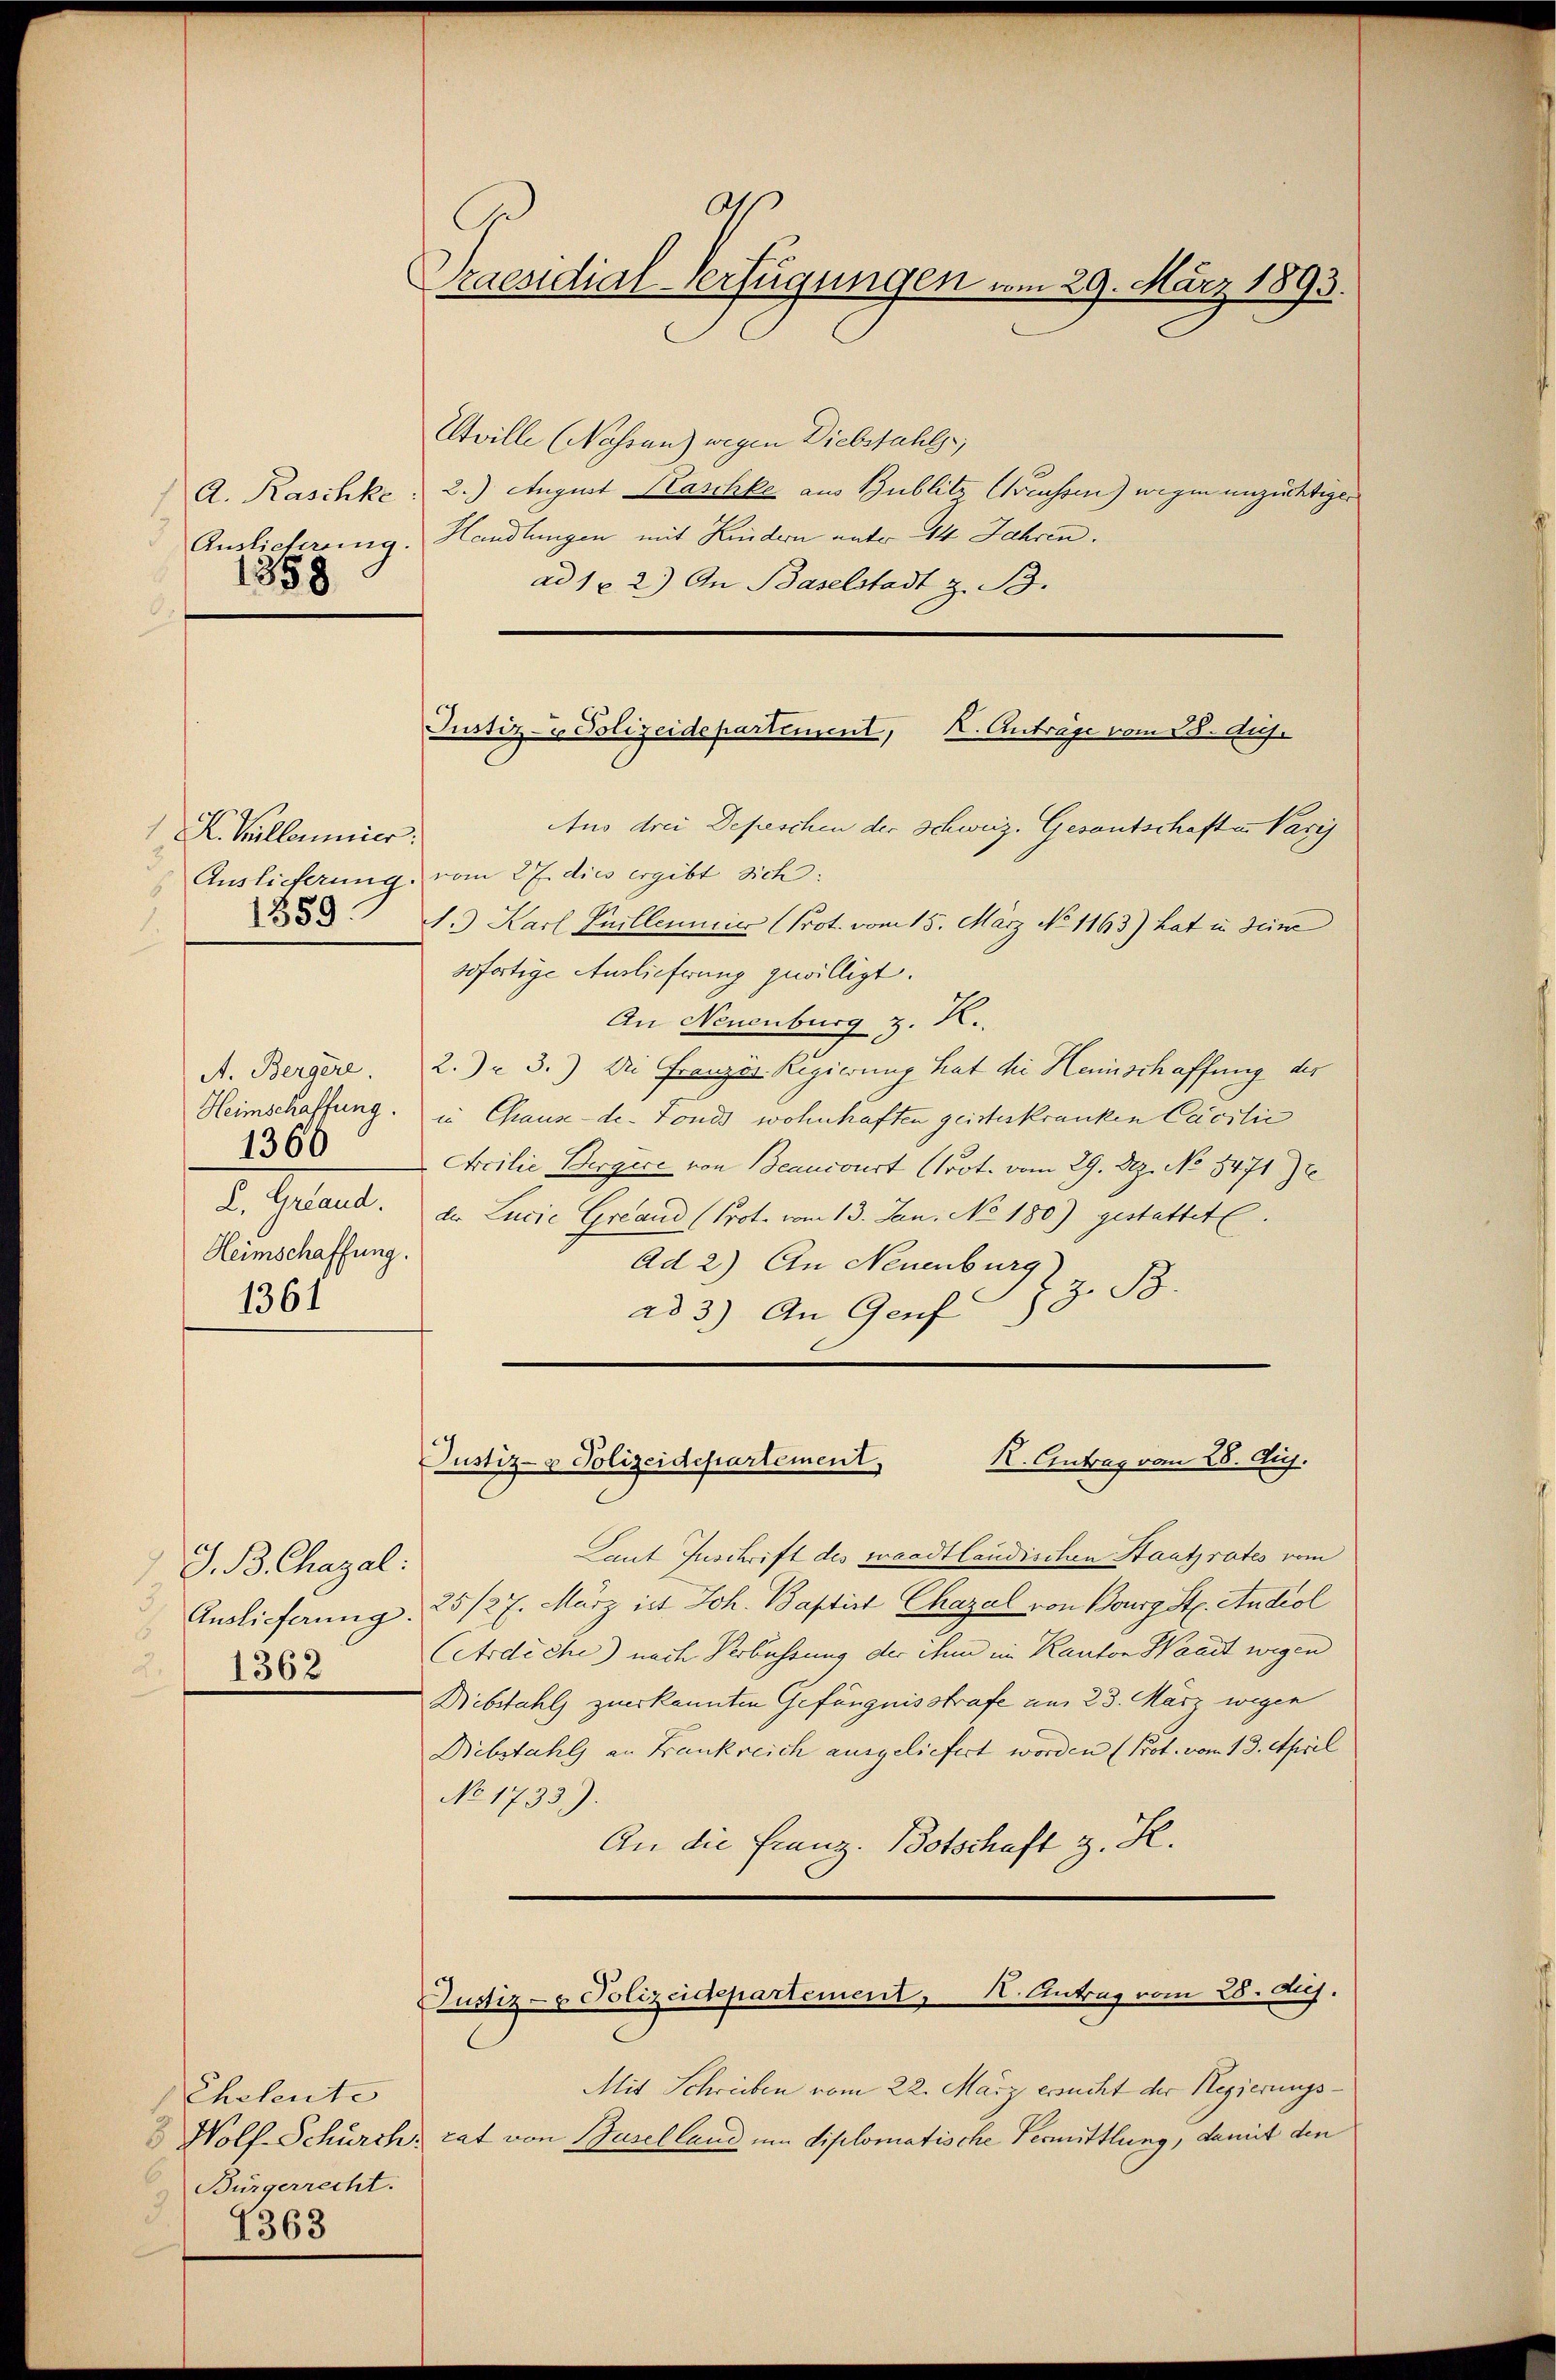
A. Raschke
1358

K. Kullamier.
3.
1859.

A. Bergere.
Heimschaffung.
d. Geset
Heimschaffung

1360

1361

J. B. Chagal:
3
Auslieferung
1
 1362

Eheleute
Bürgerrecht.
1363

A.
Praesidial-Verfügungen vom 29. März 1893.

Justiz- & Polizeidepartement, K. Anträge vom 28. diej

Etville (Nahren) wegen Diebstahls
2.) August Kaschke aus Publitz Creussen) wegen unzüchtiger
Auslieferung. Handlungen mit Kindern unter 44 Jahren.
ad 1. 2.) An Baselstadt z. B.
Aus drei Depeschen der Schweiz. Gesantschaften Varij
Auslieferung vom 27. dies ergibt sich:
1. Karl Puellennier (Prot. vom 15. März No 1163) hat u. seine
sofortige Auslieferung gewilligt.
An Neuenburg z. R.
2. 3.) Die Französ. Regierung hat die Heinschaffung der
in Graus-de-Fonds wohnhaften geisteskranken Casilić
Arcilie Bergece von Beancourt (Prot. vom 29. Ap. No 5471)
der Lucie Grand (Prot. vom 13. Jan. No 180) gestattete.
Ad 2.) An Neuenburg
z. B.
ad 3.) An Genf 13

Justiz- & Polizeidepartement,
R. Antrag vom 28. Aug.

Laut Zuschrift des waadtländischen Hautfrates vom
25/27. März ist Joh. Baptirt Chazal von Bourgst. Androl
(Ardiche) nach Verbüssung der denn im Kanton Waadt wegen
Bibstahls zuerkannten Gefängnisstrafe am 23. März wegen
Diebstahls an Bankreich ausgeliefert worden (Prot. vom 13. April
No 1733).
An die Franz. Botschaft z. R.
Justiz- & Polizeidepartement, 1. Antrag vom 28. A.
Mit Schreiben vom 22. März ersucht der Regierungs¬
Wolf Schürch. rat von Baselland um diplomatische Vermittlung, damit den